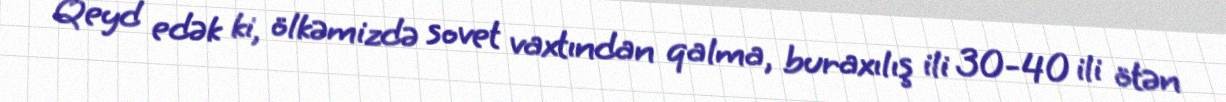
Qeyd edək ki, ölkəmizdə sovet vaxtından qalma, buraxılış ili 30-40 ili ötən